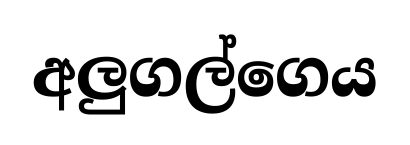
අලුගල්ගෙය